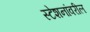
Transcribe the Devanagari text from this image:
स्टेशनांवरील